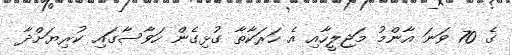
ގެ 70 ވަނަ އާންމު މަޖިލީހާއި އެ ހަރަކާތާ ގުޅިގެން ހަވާސާގައި ކުރިޔަށްދާ